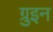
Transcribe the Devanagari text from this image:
ग्रुइन